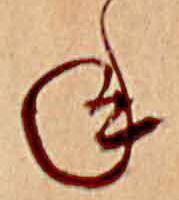
ね